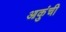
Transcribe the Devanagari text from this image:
आकुंची